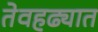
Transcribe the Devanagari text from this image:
तेवहढ्यात